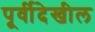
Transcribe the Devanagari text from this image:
पूर्वीदेखील